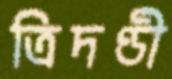
ত্রিদণ্ডী